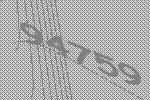
94759